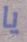
يا